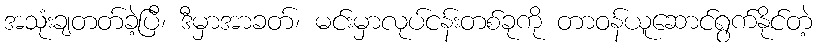
အသုံးချတတ်ခဲ့ပြီ၊ ဒီမှာအာခတ်၊ မင်းမှာလုပ်ငန်းတစ်ခုကို တာဝန်ယူဆောင်ရွက်နိုင်တဲ့